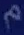
m